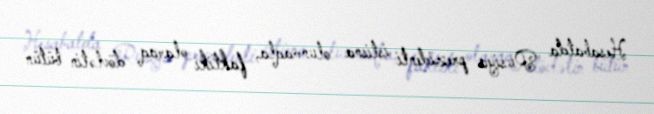
Hesabatda Rusiya prezidenti istisna olunmaqla, faktiki olaraq dövlətin bütün